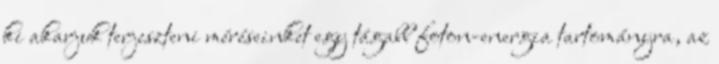
ki akarjuk terjeszteni méréseinket egy tágabb foton-energia tartományra, az